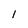
Character: l